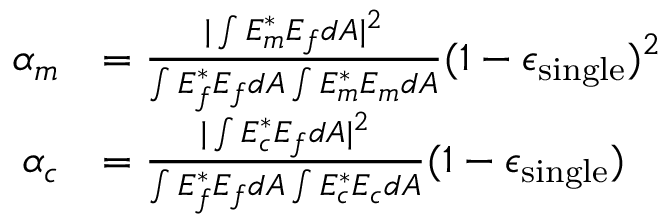
\begin{array} { r l } { \alpha _ { m } } & { = \frac { | \int E _ { m } ^ { * } E _ { f } d A | ^ { 2 } } { \int E _ { f } ^ { * } E _ { f } d A \int E _ { m } ^ { * } E _ { m } d A } ( 1 - \epsilon _ { \mathrm { s i n g l e } } ) ^ { 2 } } \\ { \alpha _ { c } } & { = \frac { | \int E _ { c } ^ { * } E _ { f } d A | ^ { 2 } } { \int E _ { f } ^ { * } E _ { f } d A \int E _ { c } ^ { * } E _ { c } d A } ( 1 - \epsilon _ { \mathrm { s i n g l e } } ) } \end{array}